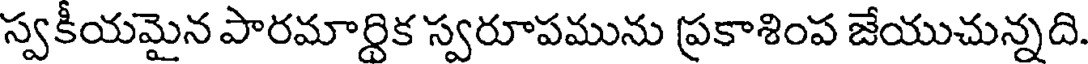
స్వకీయమైన పారమార్థిక స్వరూపమును ప్రకాశింప జేయుచున్నది.